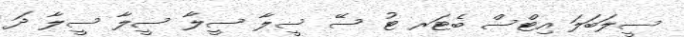
ސީލަބަލަ އިޓްސް ބެޓަރ ޓު ސޭ ސީލާ ސީލާ ސީލާ ސީލާ ދަ